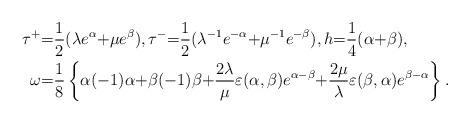
LaTeX: \begin{align*}\tau^{+}&{=}\frac{1}{2}(\lambda e^{\alpha}{+}\mu e^{\beta}), \tau^-{=}\frac{1}{2}(\lambda^{-1}e^{-\alpha}{+}\mu^{-1} e^{-\beta}),h{=}\frac{1}{4}(\alpha{+}\beta),\\\omega&{=}\frac{1}{8}\left\{\alpha(-1)\alpha{+}\beta(-1)\beta{+}\frac{2\lambda}{\mu} \varepsilon(\alpha, \beta)e^{\alpha-\beta}{+}\frac{2\mu}{\lambda} \varepsilon(\beta, \alpha)e^{\beta-\alpha}\right\}.\end{align*}